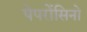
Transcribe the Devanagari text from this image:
पेपरोंसिनो